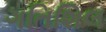
ગતિશિલ